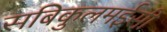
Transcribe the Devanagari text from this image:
सबिकुलमईसी